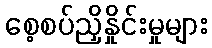
စေ့စပ်ညှိနှိုင်းမှုများ